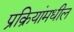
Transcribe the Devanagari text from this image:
प्रक्रियांमधील